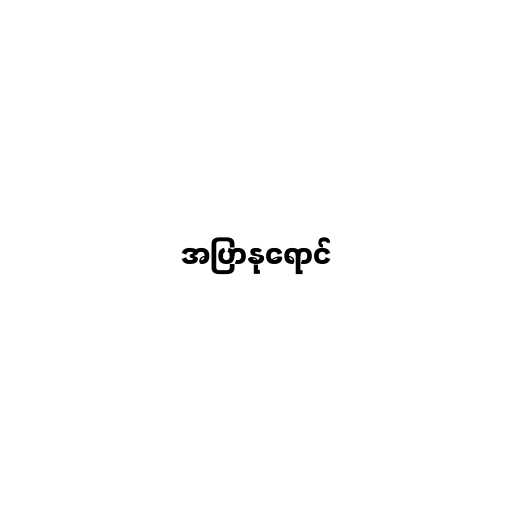
အပြာနုရောင်